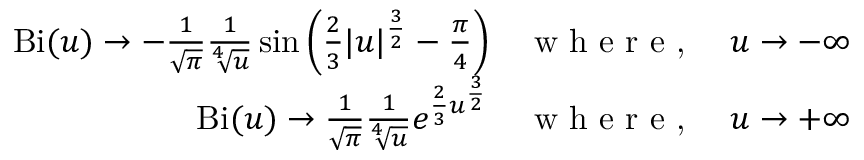
{ \begin{array} { r } { \operatorname { B i } ( u ) \rightarrow - { \frac { 1 } { \sqrt { \pi } } } { \frac { 1 } { \sqrt [ { 4 } ] { u } } } \sin { \left( { \frac { 2 } { 3 } } | u | ^ { \frac { 3 } { 2 } } - { \frac { \pi } { 4 } } \right) } \quad { \textrm { w h e r e , } } \quad u \rightarrow - \infty } \\ { \operatorname { B i } ( u ) \rightarrow { \frac { 1 } { \sqrt { \pi } } } { \frac { 1 } { \sqrt [ { 4 } ] { u } } } e ^ { { \frac { 2 } { 3 } } u ^ { \frac { 3 } { 2 } } } \quad { \textrm { w h e r e , } } \quad u \rightarrow + \infty } \end{array} }